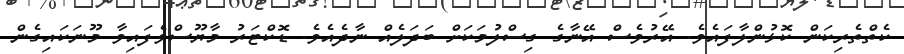
ކެތްތެރިކަން ކޮޅުންލާފައެވެ. އޭރުވެސް އޭނާގެ ގިސްލުމަކަށް ބަދަލެއް ނާދެއެވެ. ޑޮކްޓަރު މާޔޫސްވެފައިވާ މޫނަކައިގެން